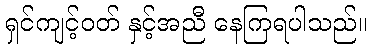
ရှင်ကျင့်ဝတ် နှင့်အညီ နေကြရပါသည်။